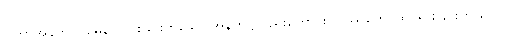
ဂါထာအနက်၊ ဂမေန၊ လားခြင်းဟူသော အနက်၌လည်းကောင်း။ ဝိဿုတေ၊ ထင်ရှားခြင်းဟူ သော